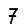
Digit: 7